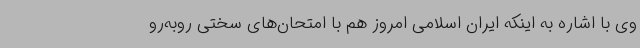
وی با اشاره به اینکه ایران اسلامی امروز هم با امتحان‌های سختی روبه‌رو